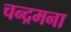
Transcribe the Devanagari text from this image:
चन्द्रमना